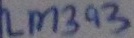
Text: LM393